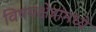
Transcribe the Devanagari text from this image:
विषयक्षेत्रांमध्ये